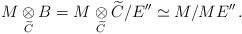
LaTeX: \begin{align*} M\underset{\widetilde C}{\otimes}B=M\underset{\widetilde C}{\otimes} \widetilde C/E''\simeq M/ME''\,. \end{align*}